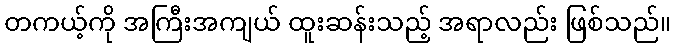
တကယ့်ကို အကြီးအကျယ် ထူးဆန်းသည့် အရာလည်း ဖြစ်သည်။